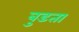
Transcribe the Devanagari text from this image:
बुडता